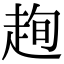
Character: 𧻛